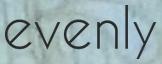
evenly